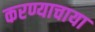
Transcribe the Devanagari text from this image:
करण्याचाया